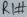
Text: R1#